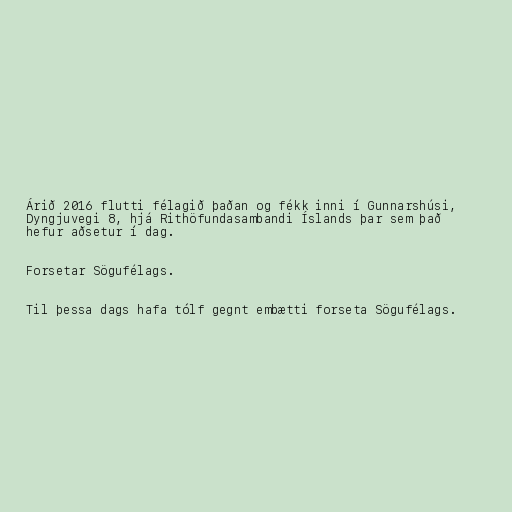
Árið 2016 flutti félagið þaðan og fékk inni í Gunnarshúsi,
Dyngjuvegi 8, hjá Rithöfundasambandi Íslands þar sem það
hefur aðsetur í dag.

Forsetar Sögufélags.

Til þessa dags hafa tólf gegnt embætti forseta Sögufélags.